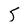
Character: 5